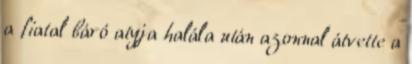
a fiatal báró atyja halála után azonnal átvette a